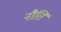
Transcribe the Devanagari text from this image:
नौति